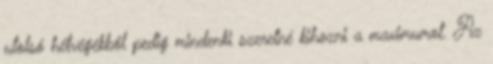
utolsó hétvégékből pedig mindenki szeretné kihozni a maximumot. Az